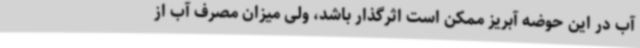
آب در این حوضه آبریز ممکن است اثرگذار باشد، ولی میزان مصرف آب از